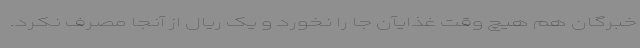
خبرگان هم هیچ وقت غذایآن جا را نخورد و یک ریال از آنجا مصرف نکرد.